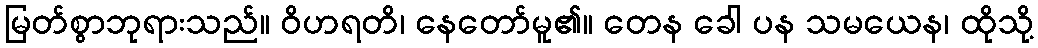
မြတ်စွာဘုရားသည်။ ဝိဟရတိ၊ နေတော်မူ၏။ တေန ခေါ ပန သမယေန၊ ထိုသို့